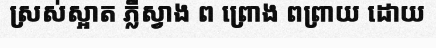
ស្រស់ស្អាត ភ្លឺស្វាង ព ព្រោង ពព្រាយ ដោយ